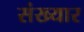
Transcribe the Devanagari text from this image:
संख्यार